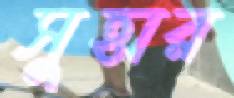
সুহার